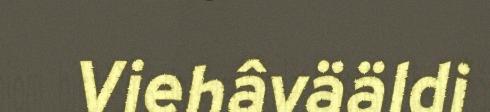
Viehâvääldi